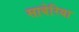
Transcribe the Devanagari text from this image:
साबेरिया